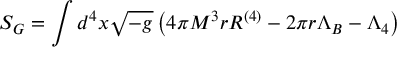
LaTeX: S _ { G } = \int d ^ { 4 } x \sqrt { - g } \left( 4 \pi M ^ { 3 } r R ^ { \left( 4 \right) } - 2 \pi r \Lambda _ { B } - \Lambda _ { 4 } \right)